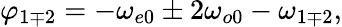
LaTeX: \varphi_{1\mp 2}=-\omega_{e0}\pm 2\omega_{o0}-\omega_{1\mp 2},